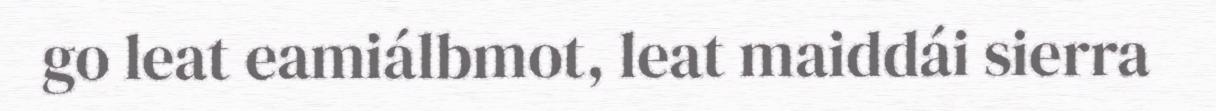
go leat eamiálbmot, leat maiddái sierra